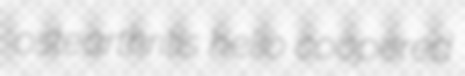
ostearthritis helio coopered